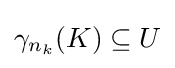
\gamma _{n_{k}}(K)\subseteq U